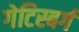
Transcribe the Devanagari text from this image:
गेटिस्बर्ग